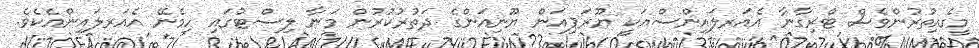
މީގެއިތުރުންވެސް ޓްރިގާނާ އެއަރލައިންސްއަކީ ޔޫރަޕިއަން ޔޫނިއަންގެ ދަތުރުކުރުން މަނާ ލިސްޓުގައި ހިމެނޭ އެއަރލައިންއެކެވެ.